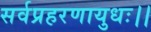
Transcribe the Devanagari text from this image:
सर्वप्रहरणायुधः।।